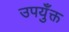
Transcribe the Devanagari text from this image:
उपयुँक्त